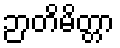
ဉာတိမိတ္တာ